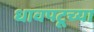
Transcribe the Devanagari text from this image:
धावपटूच्या